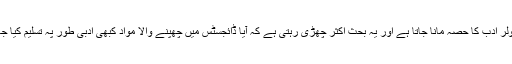
ڈایجسٹی ادب، پاپولر ادب کا حصہ مانا جاتا ہے اور یہ بحث اکثر چھڑی رہتی ہے کہ آٰیا ڈائجسٹس میں چھپنے والا مواد کبھی ادبی طور پہ تسلیم کیا جا سکے گا یا نہیں۔